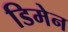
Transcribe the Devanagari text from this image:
डिमेन